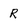
Character: R